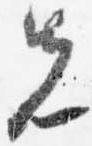
先